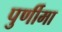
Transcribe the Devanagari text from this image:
पुर्णीमा